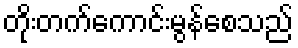
တိုးတက်ကောင်းမွန်စေသည်